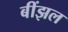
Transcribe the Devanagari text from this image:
बींझल